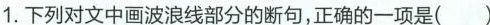
1. 下列对文中画波浪线部分的断句，正确的一项是( )